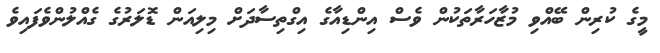
މީގެ ކުރިން ބޭއްވި މުޒާހަރާތަކުން ވެސް އިންޑިއާގެ އިގްތިސާދަށް މިލިއަން ޑޮލަރުގެ ގެއްލުންވެފައިވެ